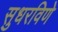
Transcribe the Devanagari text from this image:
सुधरविणे